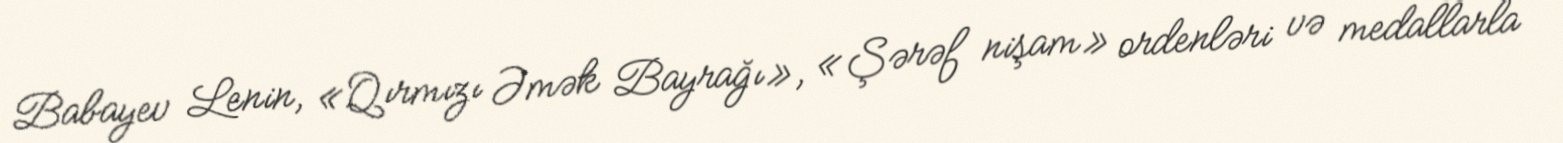
Babayev Lenin, «Qırmızı Əmək Bayrağı», «Şərəf nişam» ordenləri və medallarla